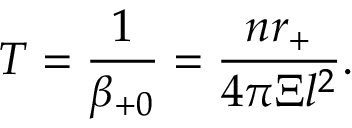
T = \frac 1 { \beta _ { + 0 } } = \frac { n r _ { + } } { 4 \pi \Xi l ^ { 2 } } .